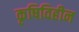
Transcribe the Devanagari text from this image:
कृषिविहीन